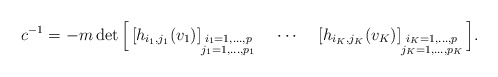
\begin{align*}c^{-1}&=-m \det\Big[ \left[h_{i_1,j_1}(v_1)\right]_{\substack{i_1=1,...,p\\j_1=1,...,p_1}}~~~\cdots~~~ \left[h_{i_K,j_K}(v_K)\right]_{\substack{i_K=1,...,p\\j_K=1,...,p_K}}\Big].\end{align*}